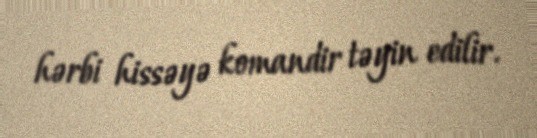
hərbi hissəyə komandir təyin edilir.